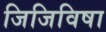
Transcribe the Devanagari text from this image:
जिजिविषा